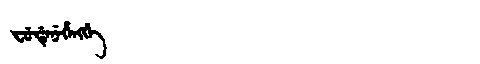
Manchu: ᠸᡠᡩᡝᠨᡝᡥᡝᠩᡤᡝ
Romanization: FUDENEHENGGE